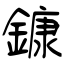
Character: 鏮